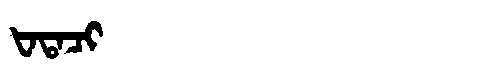
Manchu: ᡶᠠᡨᠠᠴᡳ
Romanization: FATACI